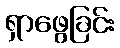
ရှာဖွေခြင်း